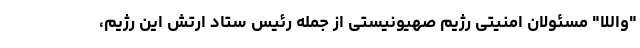
"واللا" مسئولان امنیتی رژیم صهیونیستی از جمله رئیس ستاد ارتش این رژیم،